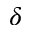
\delta